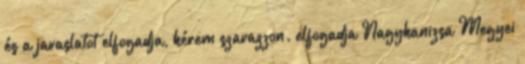
és a javaslatot elfogadja, kérem szavazzon. elfogadja Nagykanizsa Megyei